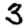
Digit: 3